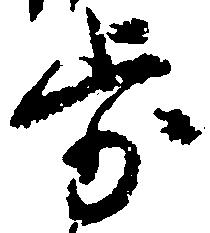
歩